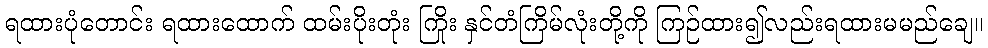
ရထားပုံတောင်း ရထားထောက် ထမ်းပိုးတုံး ကြိုး နှင်တံကြိမ်လုံးတို့ကို ကြဉ်ထား၍လည်းရထားမမည်ချေ။